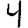
Digit: 4